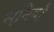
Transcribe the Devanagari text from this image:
सुनिबौ